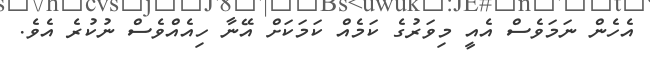
އެހެން ނަމަވެސް އެއީ މިވަރުގެ ކަމެއް ކަމަކަށް އޭނާ ހިއެއްވެސް ނުކުރެ އެވެ.